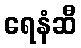
ရေနံဆီ